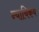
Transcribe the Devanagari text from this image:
न्यायिकय